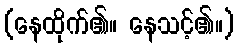
(နေထိုက်၏။ နေသင့်၏။)